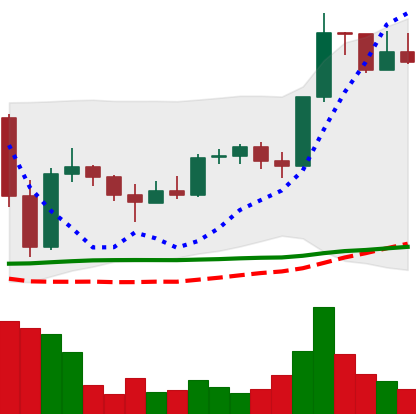
Ticker: LTC-USD
Chart end date: 2022-11-27
Forward return: 3.874%
Label: up_3_5